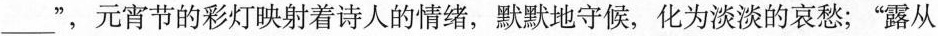
___”，元宵节的彩灯映射着诗人的情绪，默默地守候，化为淡淡的哀愁；”露从